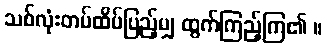
သစ်လုံးတပ်ထိပ်ပြည့်မျှ ထွက်ကြည့်ကြ၏ ။